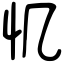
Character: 𢖯